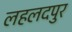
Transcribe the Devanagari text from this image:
लहलदपुर